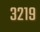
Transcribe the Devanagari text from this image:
३२१९